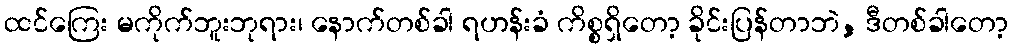
ထင်ကြေး မကိုက်ဘူးဘုရား၊ နောက်တစ်ခါ ရဟန်းခံ ကိစ္စရှိတော့ ခိုင်းပြန်တာဘဲ, ဒီတစ်ခါတော့